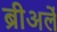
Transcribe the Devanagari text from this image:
ब्रीअर्ले